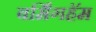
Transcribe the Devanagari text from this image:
बर्मिंगहॅम